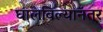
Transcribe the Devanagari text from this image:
घालविल्यानंतर